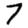
Digit: 7